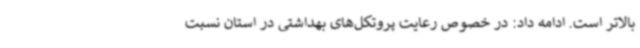
بالاتر است. ادامه داد: در خصوص رعایت پروتکل‌های بهداشتی در استان نسبت